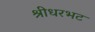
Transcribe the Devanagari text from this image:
श्रीधरभट